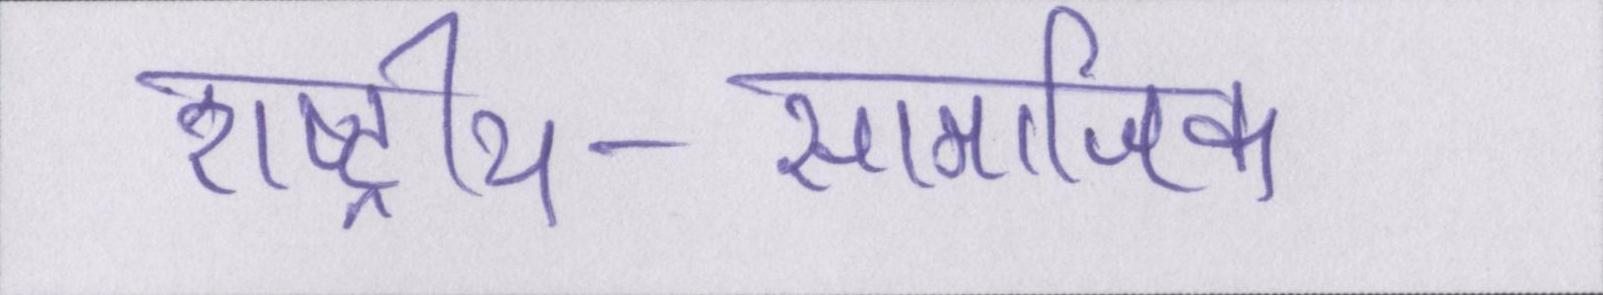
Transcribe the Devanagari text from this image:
राष्ट्रीय-सामाजिक